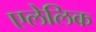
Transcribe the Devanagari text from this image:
एलेलिक